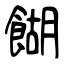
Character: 餬